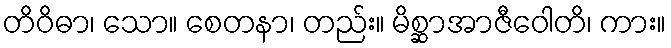
တိဝိဓာ၊ သော။ စေတနာ၊ တည်း။ မိစ္ဆာအာဇီဝေါတိ၊ ကား။